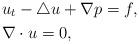
LaTeX: \begin{align*} & u_t - \triangle u + \nabla p = f, \\ & \nabla \cdot u =0, \end{align*}